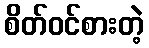
စိတ်ဝင်စားတဲ့